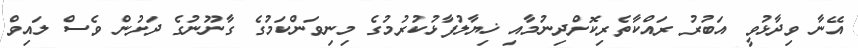
އޭނާ ވިދާޅުވީ އަބުރު ރައްކާތެރިކޮށްދިނުމާއި ޚިޔާލުފާޅުކުރުމުގެ މިނިވަންކަމުގެ ގާނޫނުގެ ދަށުން ވެސް ލައިވް